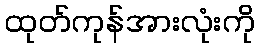
ထုတ်ကုန်အားလုံးကို